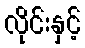
လိုင်းနှင့်